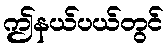
ဤနယ်ပယ်တွင်